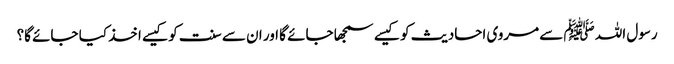
رسول اللہ ﷺ سے مروی احادیث کو کیسے سمجھا جائے گا اور ان سے سنت کو کیسے اخذ کیا جائے گا؟